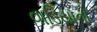
વાડિયાનો